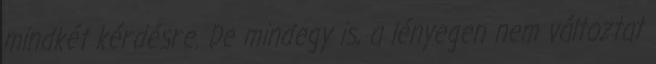
mindkét kérdésre. De mindegy is, a lényegen nem változtat